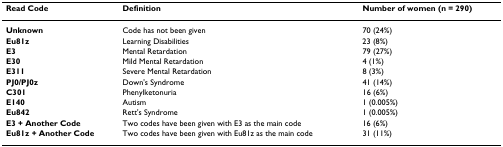
| Read Code | Definition | Number of women (n = 290) |
 | --- | --- | --- |
 | Unknown | Code has not been given | 70 (24%) |
 | Eu81z | Learning Disabilities | 23 (8%) |
 | E3 | Mental Retardation | 79 (27%) |
 | E30 | Mild Mental Retardation | 4 (1%) |
 | E311 | Severe Mental Retardation | 8 (3%) |
 | PJ0/PJ0z | Down's Syndrome | 41 (14%) |
 | C301 | Phenylketonuria | 16 (6%) |
 | E140 | Autism | 1 (0.005%) |
 | Eu842 | Rett's Syndrome | 1 (0.005%) |
 | E3 + Another Code | Two codes have been given with E3 as the main code | 16 (6%) |
 | Eu81z + Another Code | Two codes have been given with Eu81z as the main code | 31 (11%) |